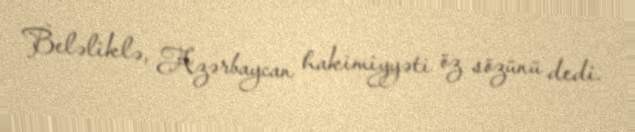
Beləliklə, Azərbaycan hakimiyyəti öz sözünü dedi.